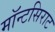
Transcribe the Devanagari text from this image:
मॉन्टसिराट